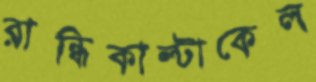
রান্ধিকাল্টাকেল